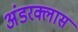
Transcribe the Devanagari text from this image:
अंडरक्लास